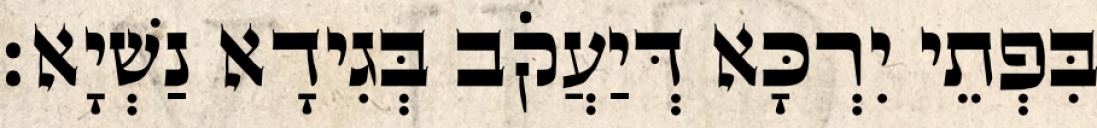
בִּפְתֵי יִרְכָּא דְּיַעֲקֹב בְּגִידָא נַשְׁיָא׃